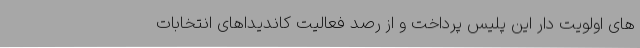
های اولویت دار این پلیس پرداخت و از رصد فعالیت کاندیداهای انتخابات